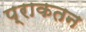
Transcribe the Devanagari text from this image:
प्राकतन